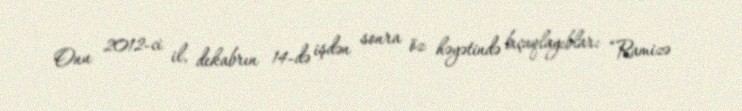
Onu 2012-ci il, dekabrın 14-də işdən sonra öz həyətində bıçaqlayıblar: “Ramizə